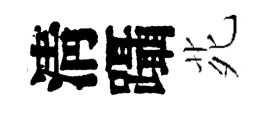
淸躡𫟍